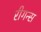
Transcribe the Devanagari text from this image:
रीगन्स